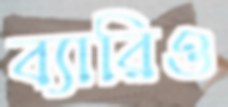
ব্যারিও